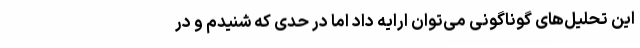
این تحلیل‌های گوناگونی می‌توان ارایه داد اما در حدی که شنیدم و در